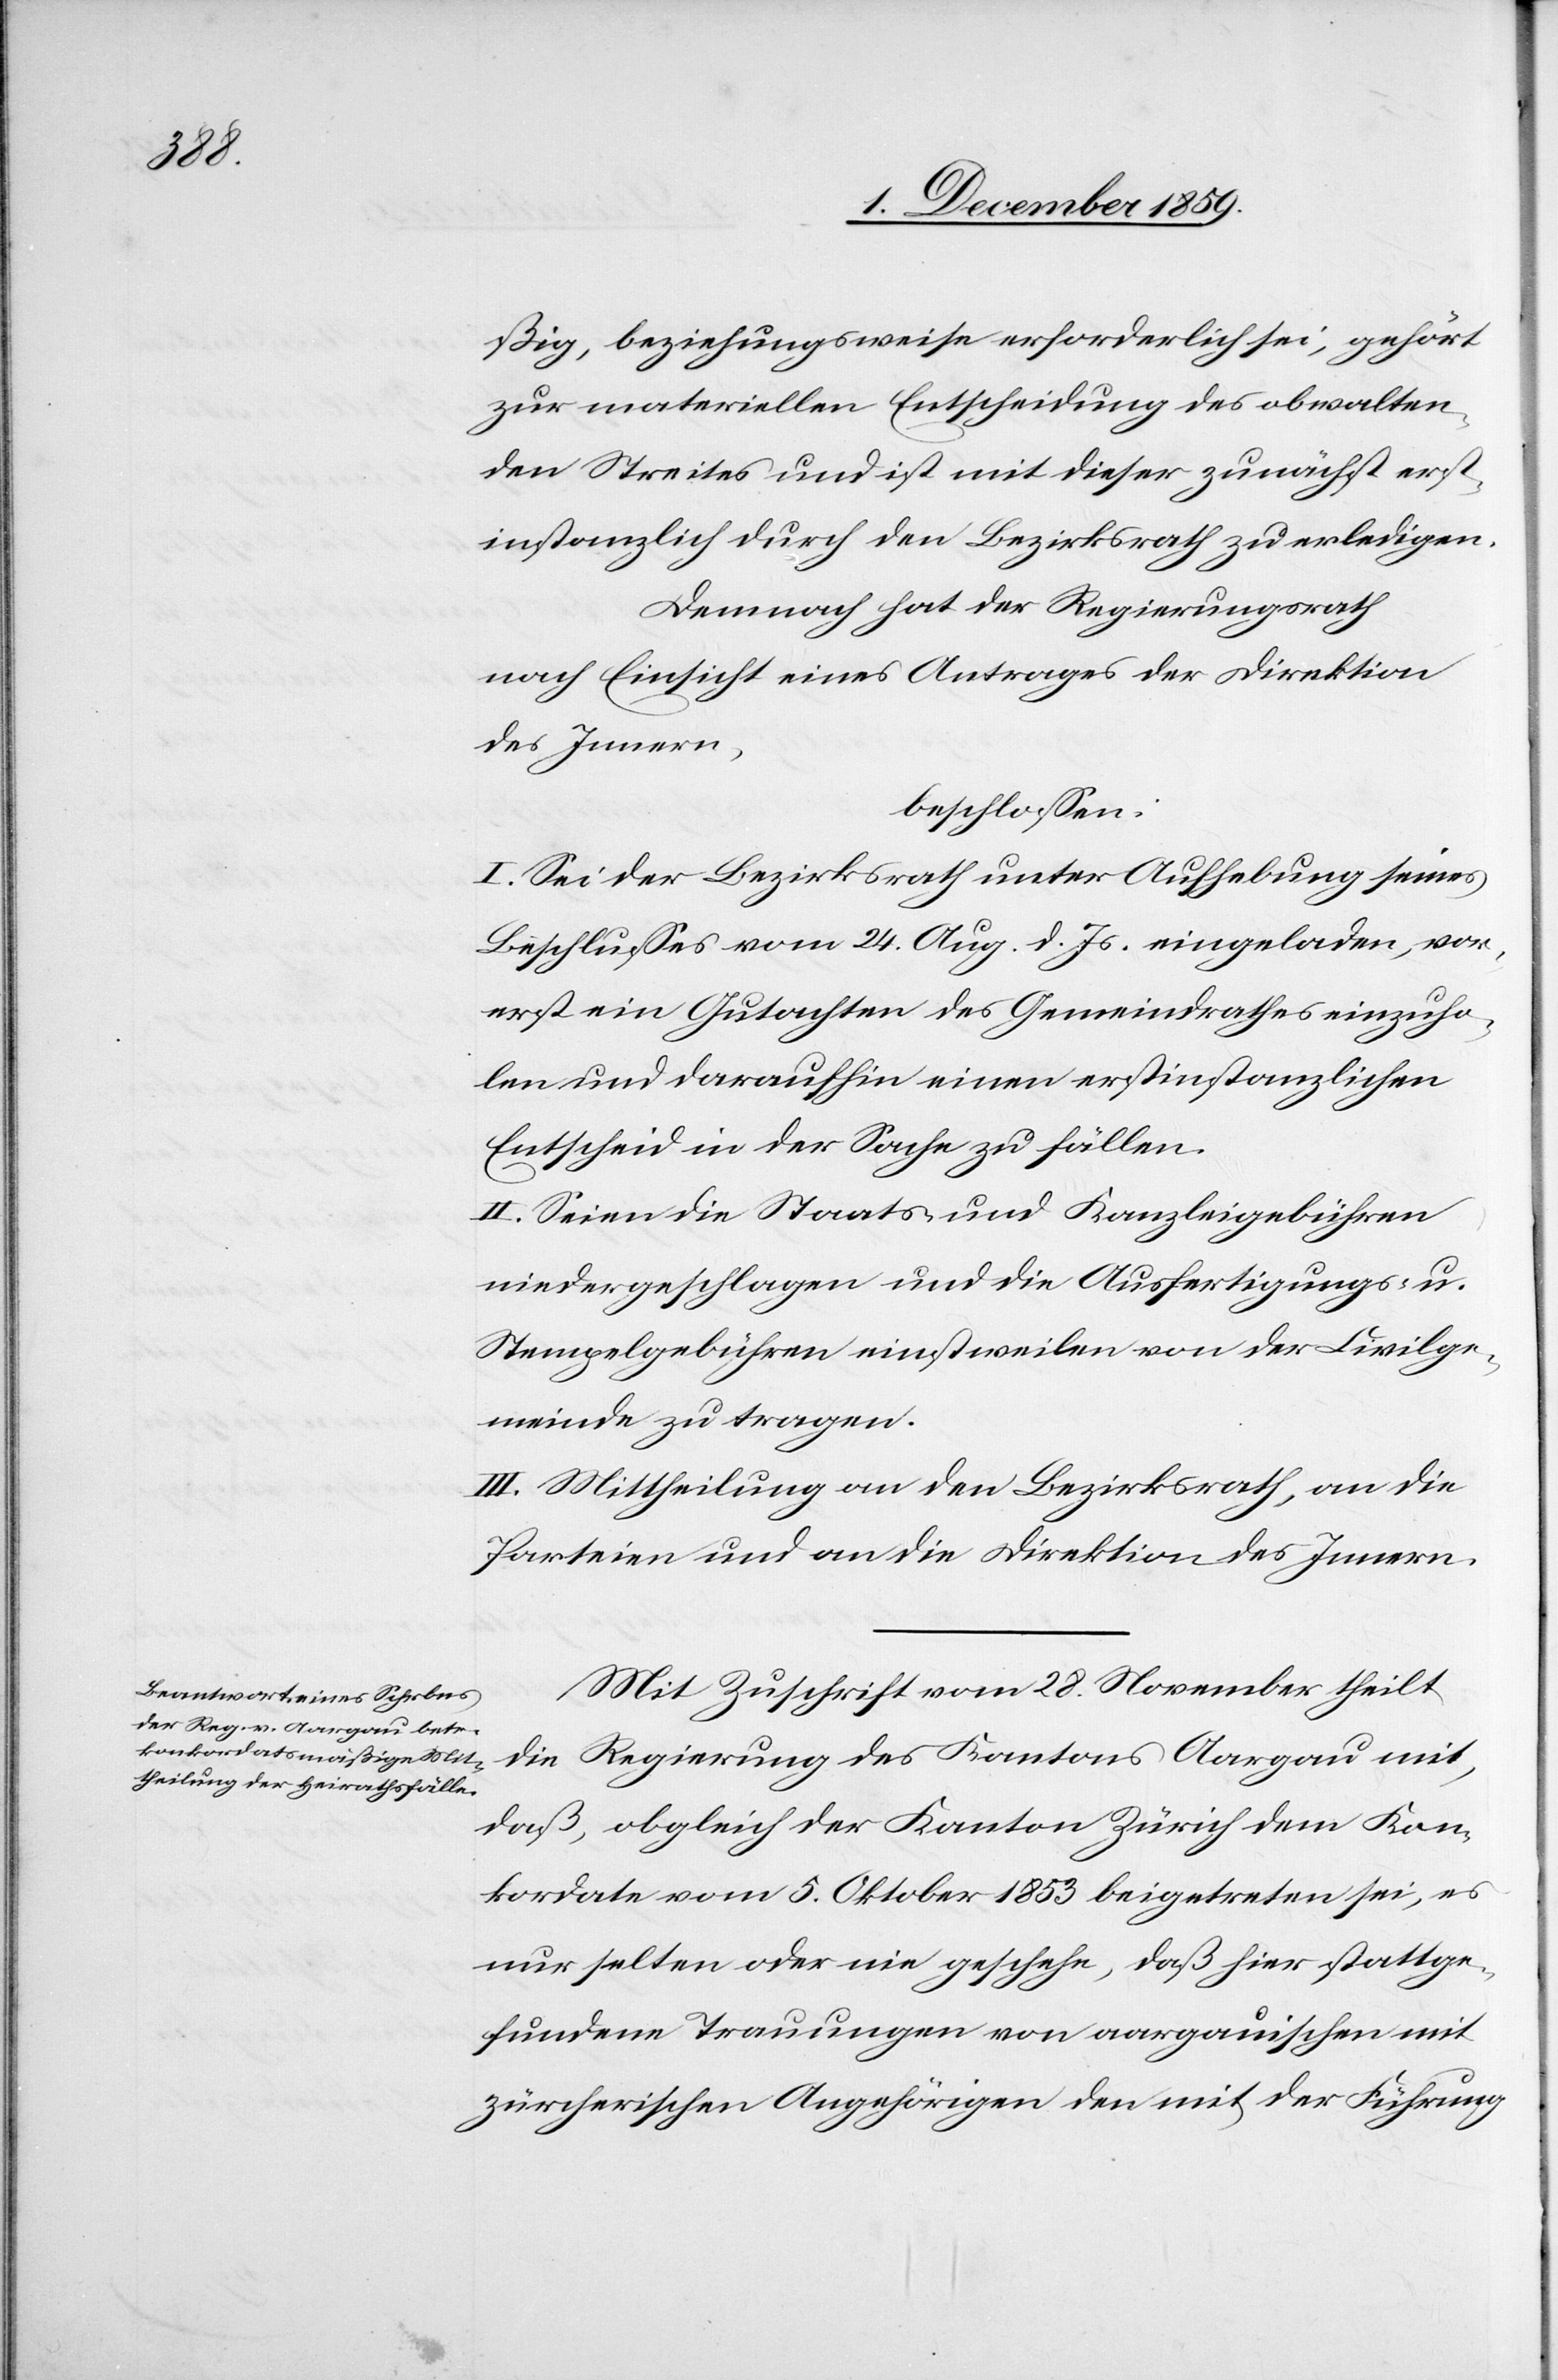
ßig, beziehungsweise erforderlich sei, gehört
zur materiellen Entscheidung des obwalten¬
den Streites und ist mit dieser zunächst erst¬
instanzlich durch den Bezirksrath zu erledigen.
Demnach hat der Regierungsrath
nach Einsicht eines Antrages der Direktion
des Innern,
beschlossen:
I. Sei der Bezirksrath unter Aufhebung seines
Beschlusses vom 24. Aug. d. Js. eingeladen, vor¬
erst ein Gutachten des Gemeindrathes einzuho¬
len und daraufhin einen erstinstanzlichen
Entscheid in der Sache zu fällen.
II. Seien die Staats- und Kanzleigebühren
niedergeschlagen und die Ausfertigungs- u.
Stempelgebühren einstweilen von der Civilge¬
meinde zu tragen.
III. Mittheilung an den Bezirksrath, an die
Parteien und an die Direktion des Innern.
Mit Zuschrift vom 28. November theilt
die Regierung des Kantons Aargau mit,
daß, obgleich der Kanton Zürich dem Kon¬
kordate vom 5. Oktober 1853 beigetreten sei, es
nur selten oder nie geschehe, daß hier stattge¬
fundene Trauungen von aargauischen mit
zürcherischen Angehörigen den mit der Führung